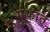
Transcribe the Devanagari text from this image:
गुंफांत